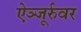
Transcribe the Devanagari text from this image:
ऐञ्जूर्रुवर